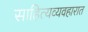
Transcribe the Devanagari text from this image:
साहित्यव्यवहारात